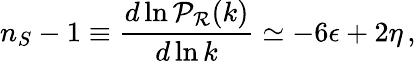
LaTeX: n_{S}-1\equiv{\frac{d\ln{\cal P}_{\cal R}(k)}{d\ln k}}\simeq-6\epsilon+2\eta\, ,